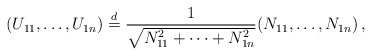
\begin{align*} (U_{11},\ldots,U_{1n}) \overset{d}{=} \frac{1}{\sqrt{N_{11}^2+\cdots+N_{1n}^2}} (N_{11},\ldots,N_{1n})\,, \end{align*}